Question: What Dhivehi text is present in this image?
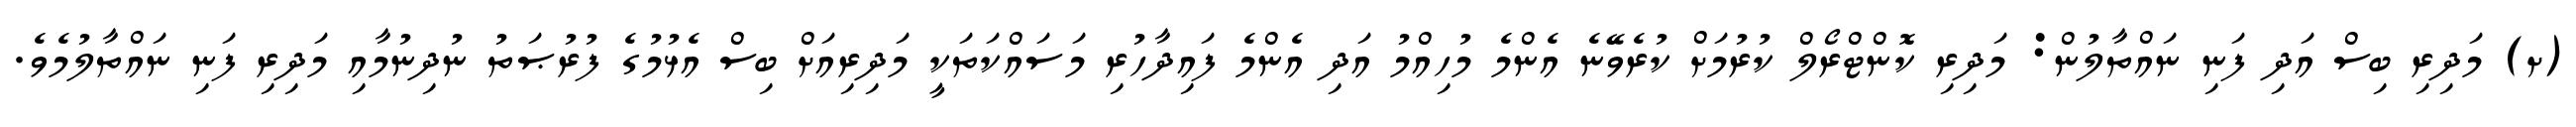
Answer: (ށ) މަދިރި ބިސް އަދި ފަނި ނައްތާލުން: މަދިރި ކޮންޓްރޯލް ކުރުމަށް ކުރެވޭނެ އެންމެ މުހިއްމު އަދި އެންމެ ފައިދާހުރި މަސައްކަތަކީ މަދިރިއަށް ބިސް އެޅުމުގެ ފުރުޞަތު ނުދިނުމާއި މަދިރި ފަނި ނައްތާލުމެވެ.